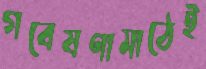
গবেষণামাঠেই